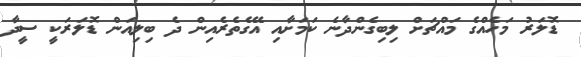
ޑޮލަރު މަހެއްގެ މައްޗަށް ލިބިގެންދާނެ ކަމަށާއި އޭގެތެރެއިން ދެ ބިލިއަން ޑޮލަރަކީ ސީދާ